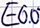
Text: E0.0